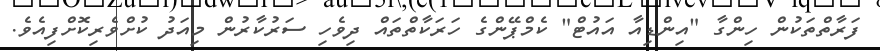
ފަރާތްތަކުން ހިންގާ "އިންޑިއާ އައުޓް" ކެމްޕޭންގެ ހަރަކާތްތައް ދިވެހި ސަރުކާރުން މިއަދު ކުށްވެރިކޮށްފިއެވެ.